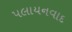
પલાયનવાદ